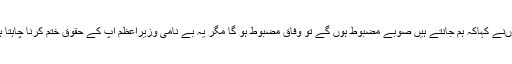
انہوںنے کہاکہ ہم جانتے ہیں صوبے مضبوط ہوں گے تو وفاق مضبوط ہو گا مگر یہ بے نامی وزیراعظم آپ کے حقوق ختم کرنا چاہتا ہے۔